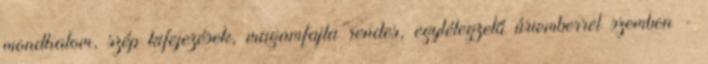
mondhatom, szép kifejezések, magamfajta rendes, egylélegzetű úriemberrel szemben -